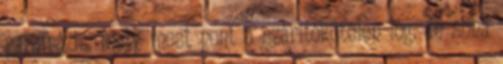
parafrázis. mely most pont a szárítókötélen lóg, de soha